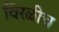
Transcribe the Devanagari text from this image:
विरळीच